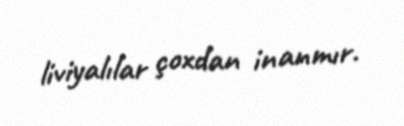
liviyalılar çoxdan inanmır.